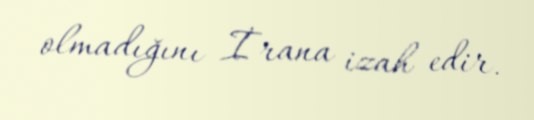
olmadığını İrana izah edir.